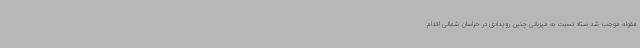
مقوله موجب شد ستاد نسبت به میزبانی چنین رویدادی در خراسان شمالی اقدام